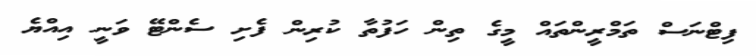
ފިޓްނަސް ތަމްރީންތައް މީގެ ތިން ހަފުތާ ކުރިން ފެށި ސެންޓޭ ވަނީ އިއްޔެ